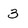
Character: 3